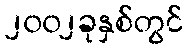
၂၀၀၂ခုနှစ်တွင်